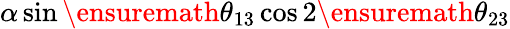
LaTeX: \alpha\sin\ensuremath{\theta_{13}}\cos 2\ensuremath{\theta_{23}}